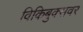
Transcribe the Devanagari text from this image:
विकिबुक्सवर